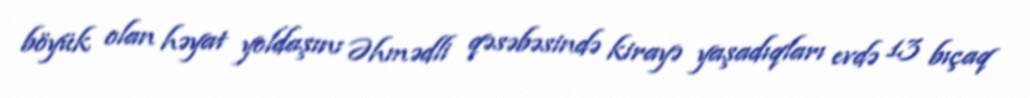
böyük olan həyat yoldaşını Əhmədli qəsəbəsində kirayə yaşadıqları evdə 13 bıçaq